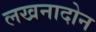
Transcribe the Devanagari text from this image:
लखनादोन